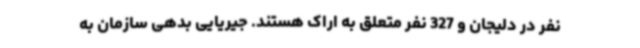
نفر در دلیجان و 327 نفر متعلق به اراک هستند. جیریایی بدهی سازمان به